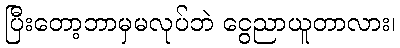
ပြီးတော့ဘာမှမလုပ်ဘဲ ငွေညာယူတာလား၊